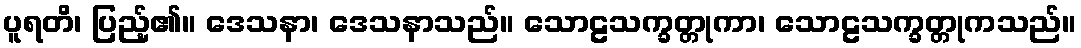
ပူရတိ၊ ပြည့်၏။ ဒေသနာ၊ ဒေသနာသည်။ သောဠသက္ခတ္တုကာ၊ သောဠသက္ခတ္တုကသည်။